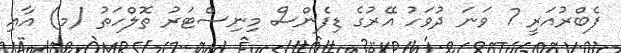
ފެބްރުއަރީ 7 ވަނަ ދުވަހު އޭރުގެ ޑިފެންސް މިނިސްޓަރު ތޮލްހަތު (މ) އާއި